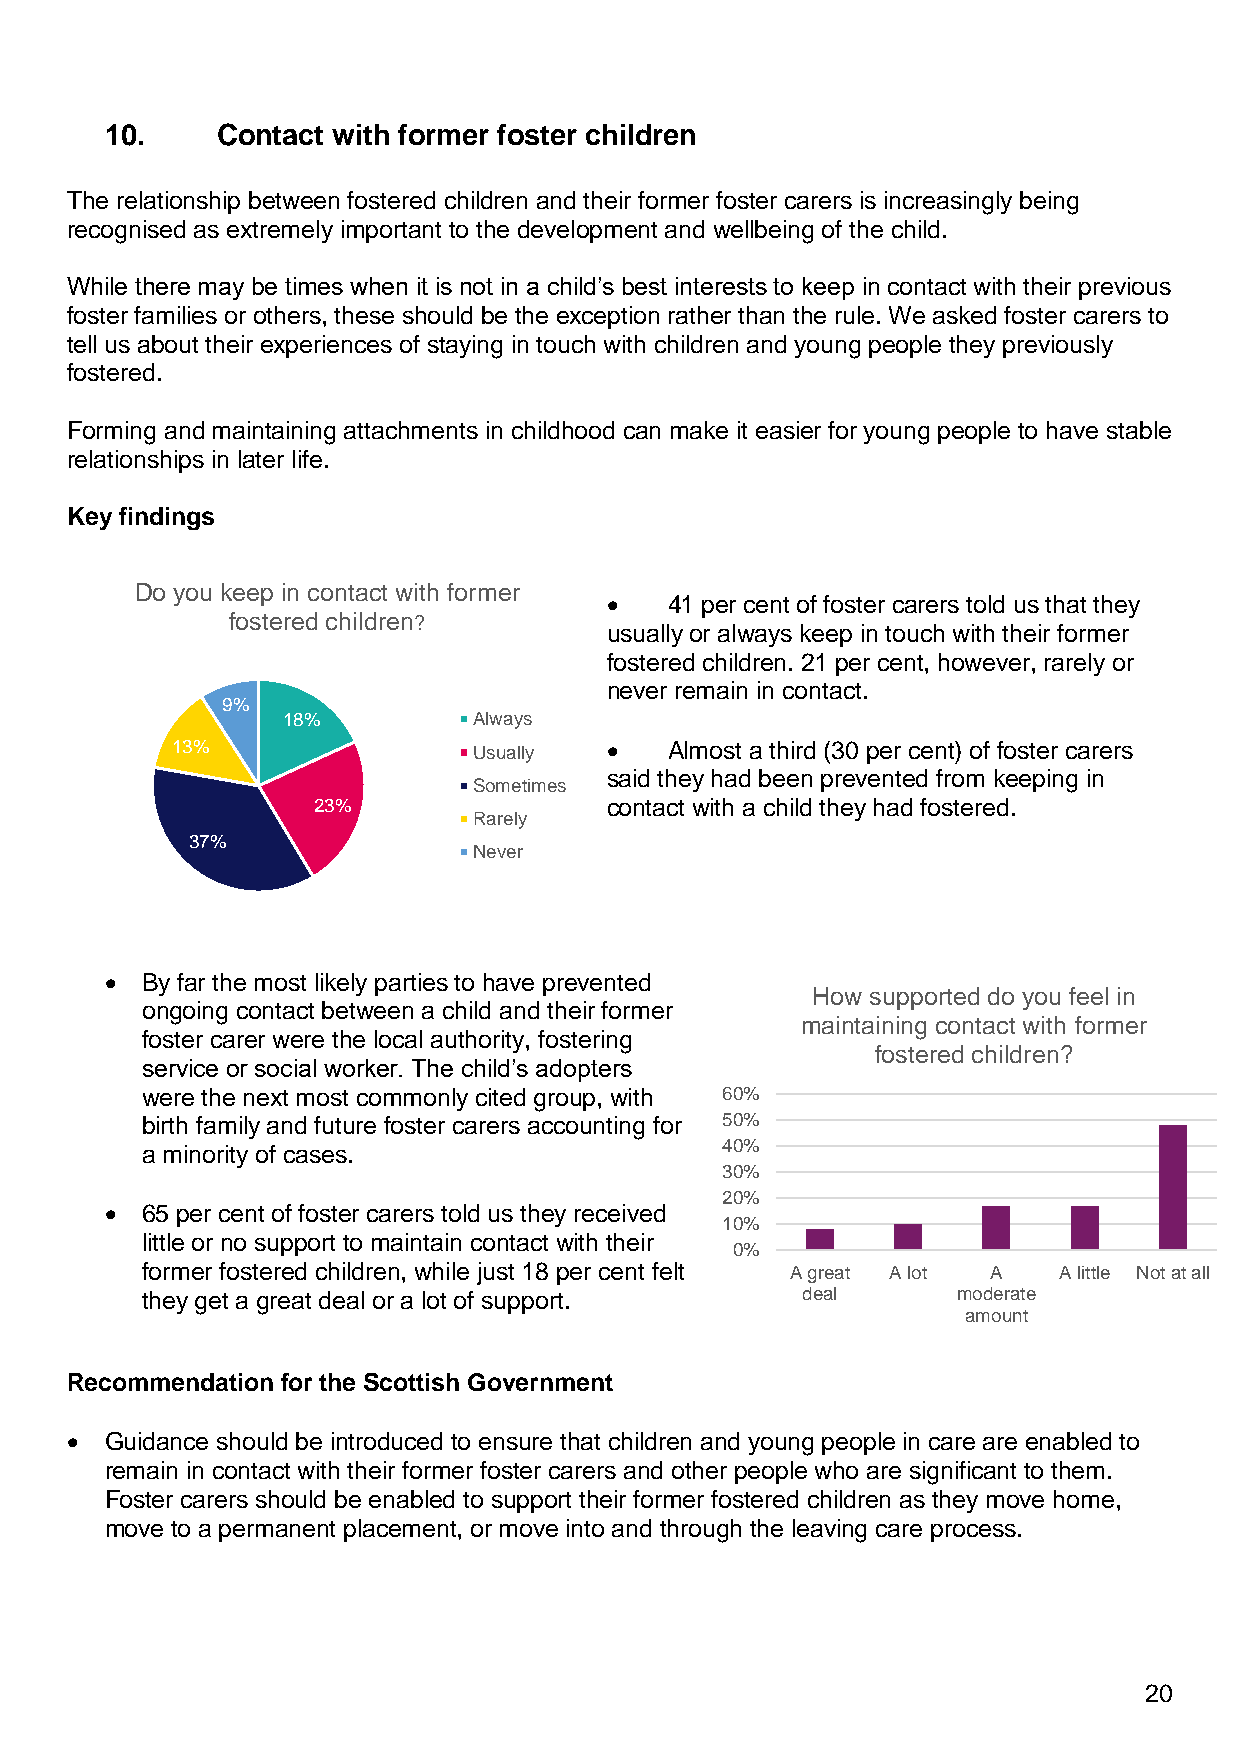
10.    Contact with former foster children
 The relationship between fostered children and their former foster carers is increasingly being
 recognised as extremely important to the development and wellbeing of the child.
 While there may be times when it is not in a child’s best interests to keep in contact with their previous
 foster families or others, these should be the exception rather than the rule. We asked foster carers to
 tell us about their experiences of staying in touch with children and young people they previously
 fostered.
 Forming and maintaining attachments in childhood can make it easier for young people to have stable
 relationships in later life.
 Key findings
 Do you keep in contact with former
 •   41 per cent of foster carers told us that they
 fostered children?
 usually or always keep in touch with their former
 fostered children. 21 per cent, however, rarely or
 never remain in contact.
 9%
 18%         Always
 13%                 Usually  •   Almost a third (30 per cent) of foster carers
 said they had been prevented from keeping in
 Sometimes
 23%                contact with a child they had fostered.
 Rarely
 37%
 Never
 • By far the most likely parties to have prevented
 How supported do you feel in
 ongoing contact between a child and their former
 maintaining contact with former
 foster carer were the local authority, fostering
 fostered children?
 service or social worker. The child’s adopters
 were the next most commonly cited group, with 60%
 birth family and future foster carers accounting for 50%
 a minority of cases.                   40%
 30%
 20%
 • 65 per cent of foster carers told us they received
 10%
 little or no support to maintain contact with their
 0%
 former fostered children, while just 18 per cent felt A great A lot A A little Not at all
 they get a great deal or a lot of support.  deal      moderate
 amount
 Recommendation for the Scottish Government
 •  Guidance should be introduced to ensure that children and young people in care are enabled to
 remain in contact with their former foster carers and other people who are significant to them.
 Foster carers should be enabled to support their former fostered children as they move home,
 move to a permanent placement, or move into and through the leaving care process.
 20